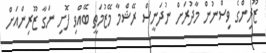
ޒޫރިންގެ ވިސްނުން މާދުރަށް ނުދަނީސް ރޭޝްމާ މޭޒުމަތީ ބޭއްވި ފޮށި ނަގާ ޒޫރިންއަށް